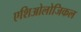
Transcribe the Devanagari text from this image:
एशिओलोजिकल